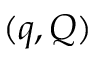
( q , Q )